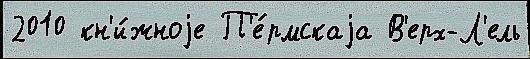
2010 кн'и́жноjе П'е́рмскаjа В'ерх-Л'ель